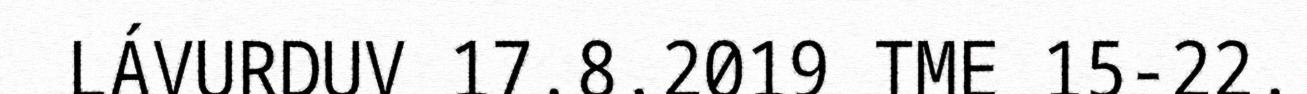
LÁVURDUV 17.8.2019 TME 15-22.